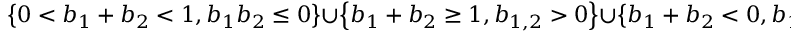
\left\{ 0 < b _ { 1 } + b _ { 2 } < 1 , b _ { 1 } b _ { 2 } \leq 0 \right\} \cup \left\{ b _ { 1 } + b _ { 2 } \geq 1 , b _ { 1 , 2 } > 0 \right\} \cup \left\{ b _ { 1 } + b _ { 2 } < 0 , b _ { 1 } b _ { 2 } < 0 \right\} .